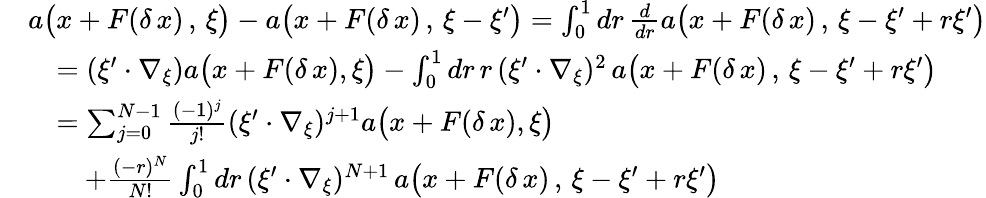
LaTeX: \begin{array}{rl}&{a\big(x+F(\delta\, x)\, ,\, \xi\big)-a\big(x+F(\delta\, x)\, ,\, \xi-\xi^{\prime}\big)=\int_{0}^{1}dr\, \frac{d}{dr}a\big(x+F(\delta\, x)\, ,\, \xi-\xi^{\prime}+r\xi^{\prime}\big)}\\ &{\quad=(\xi^{\prime}\cdot\nabla_{\xi})a\big(x+F(\delta\, x),\xi\big)-\int_{0}^{1}dr\, r\, (\xi^{\prime}\cdot\nabla_{\xi})^{2}\, a\big(x+F(\delta\, x)\, ,\, \xi-\xi^{\prime}+r\xi^{\prime}\big)}\\ &{\quad=\sum_{j=0}^{N-1}\frac{(-1)^{j}}{j!}(\xi^{\prime}\cdot\nabla_{\xi})^{j+1}a\big(x+F(\delta\, x),\xi\big)}\\ &{\quad\quad+\frac{(-r)^{N}}{N!}\int_{0}^{1}dr\, (\xi^{\prime}\cdot\nabla_{\xi})^{N+1}\, a\big(x+F(\delta\, x)\, ,\, \xi-\xi^{\prime}+r\xi^{\prime}\big)}\end{array}